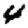
Digit: 4